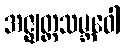
အဇ္ဈတ္တသမ္ဘဝေါ